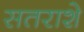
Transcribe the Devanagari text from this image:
सतराशे